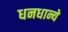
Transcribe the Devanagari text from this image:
धनधान्ये